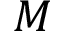
M